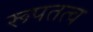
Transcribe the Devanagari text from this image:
रूपतत्व